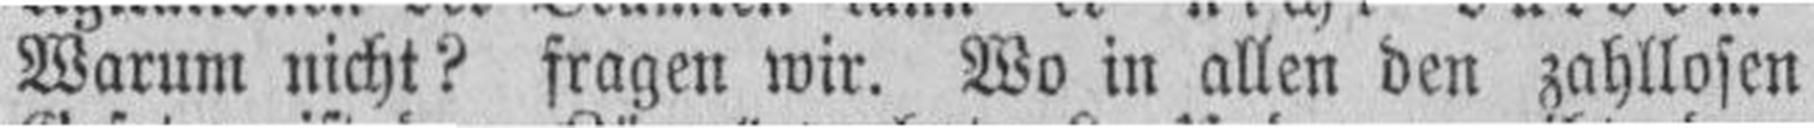
Warum nicht? fragen wir. Wo in allen den zahllosen